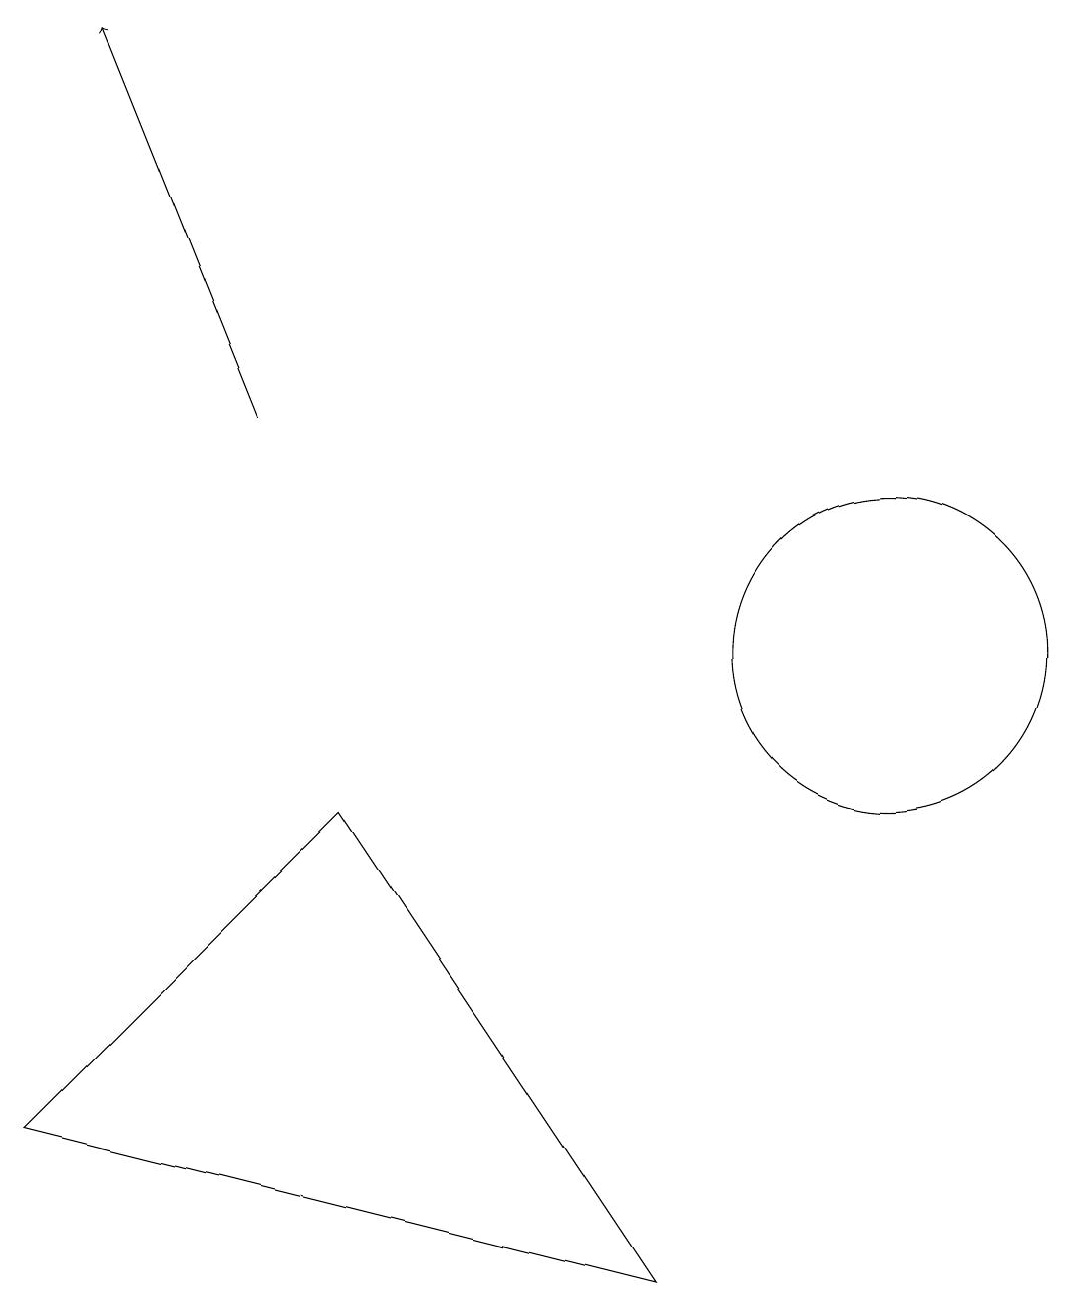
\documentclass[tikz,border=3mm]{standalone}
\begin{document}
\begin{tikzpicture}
\draw[->] (4,14) -- (2,19);
\draw (1,5) -- (5,9) -- (9,3) -- cycle;
\draw (12,11) circle (2);
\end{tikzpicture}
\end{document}